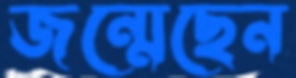
জন্মেছেন